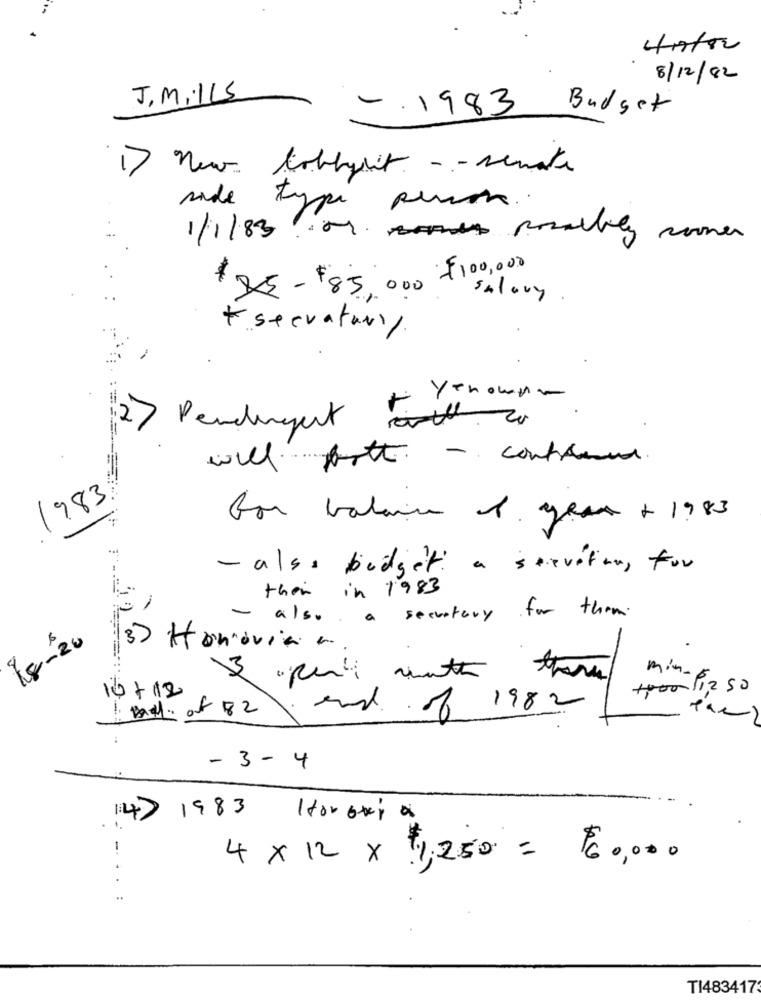
4/7/00
8/12/82
J, Mills
-. 1983 Budget
1) new lobbysit -- senate
sade type person.
1/1/83. 01 somes possibly sooner
$5-$85,000 $100,000
Salary
+ secretary
2) Pendingent to perhourn
will both - continue.
1983.
for babain 1. yes + 1983
- alss budget: a seevitan, for
their in 1983
a secretary for them .
also
18-20
3) Honovia r ..
3
min-E
10/12
+400 11,2 50
of 82\ and 06 1982
- 3 - 4
4)1983
4×12 × 1,250 = 60,000
-...:
TI483417